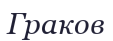
Граков